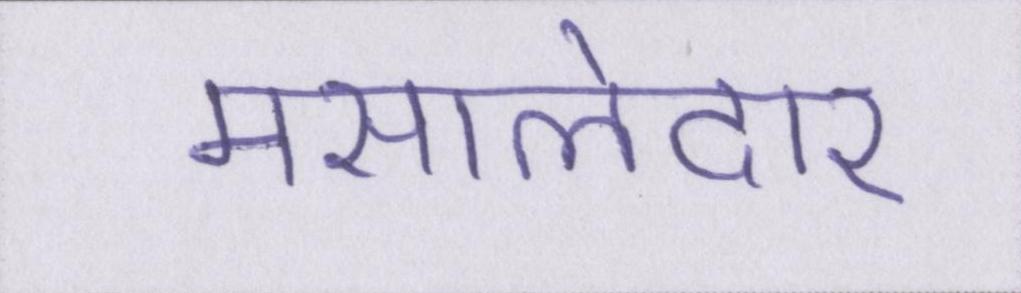
मसालेदार